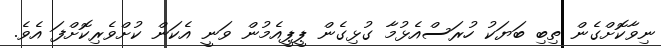
ނިވާކޮށްގެން ތިބި ބަޔަކު ހުރަސްއެޅުމާ ގުޅިގެން ޕީޕީއެމުން ވަނީ އެކަން ކުށްވެރިކޮށްފަ އެވެ.